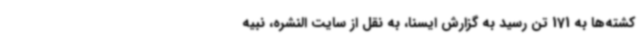
کشته‌ها به 171 تن رسید به گزارش ایسنا، به نقل از سایت النشره، نبیه